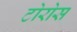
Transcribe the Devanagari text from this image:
टोरोस